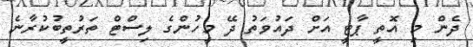
ދެން މި އޮތީ ޕާޓީ އަށް ދައުވަތު ދޭ މީހުންގެ ލިސްޓް ތަރުތީބުކުރާނެ